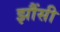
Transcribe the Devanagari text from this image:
झौंसी